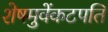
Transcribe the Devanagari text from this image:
शेषमुवेंकटपति